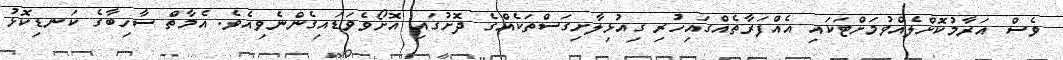
ވެސް އަރާމުކޮށްލެއްވުމަށްޓަކައި އެއްފަރާތެއްގައިހުރި ގިއުޅިލާށިގަސްތަކެއްގެ ދޮށުގައި އޮށޯވެވަޑައިގެންނެވިއެވެ. އެމާތް ސާހިބާގެ ކަނޑިކޮޅު